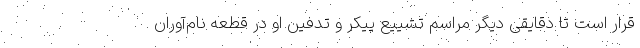
قرار است تا دقایقی دیگر مراسم تشییع پیکر و تدفین او در قطعه نام‌آوران